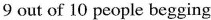
9 out of 10 people begging